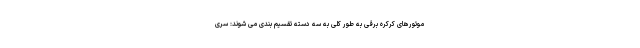
موتورهای کرکره برقی به طور کلی به سه دسته تقسیم بندی می شوند: سری